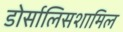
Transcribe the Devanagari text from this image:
डोर्सालिसशामिल